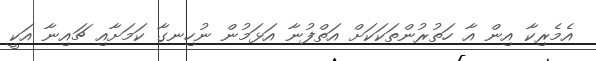
އެމެރިކާ އިން އާ ހަތުރުންތަކަކަށް އަތްފުނާ އަޅަމުން ނުހިނގާ ކަމަށާއި ޗައިނާ އަކީ